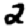
Digit: 2